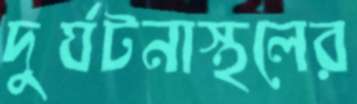
দুর্ঘটনাস্থলের